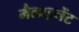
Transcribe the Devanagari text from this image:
मैलाइनेंट